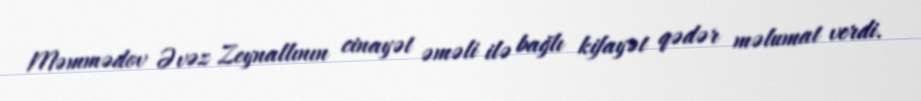
Məmmədov Əvəz Zeynallının cinayət əməli ilə bağlı kifayət qədər məlumat verdi.